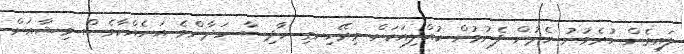
ލައިގެން ހުރެވުނު ހެދުން ފެނުމުން ކުއްލިއަކަށް މިރޭހިނގި ހާދިސާ ހަދާންވެ އަނެއްކާވެސް މިޝާއަށް